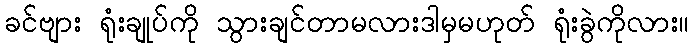
ခင်ဗျား ရုံးချုပ်ကို သွားချင်တာမလားဒါမှမဟုတ် ရုံးခွဲကိုလား။